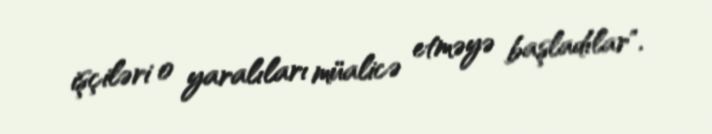
işçiləri o yaralıları müalicə etməyə başladılar".